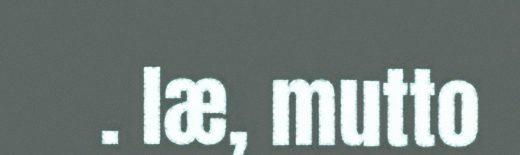
. læ, mutto